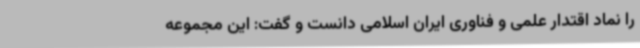
را نماد اقتدار علمی و فناوری ایران اسلامی دانست و گفت: این مجموعه